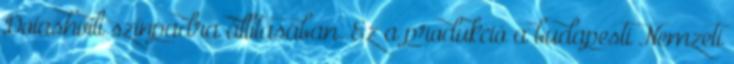
Doiashvili színpadra állításában. Ez a produkció a budapesti Nemzeti